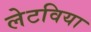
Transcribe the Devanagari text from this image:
लेटविया